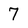
Character: 7